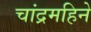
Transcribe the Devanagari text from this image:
चांद्रमहिने